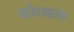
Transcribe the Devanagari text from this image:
कोस्कक